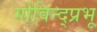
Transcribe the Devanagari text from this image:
गोविन्द्प्रभू